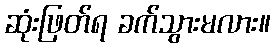
ဆုံးဖြတ်ရ ခက်သွားမလား။